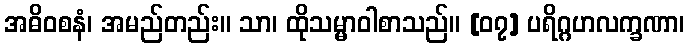
အဓိဝစနံ၊ အမည်တည်း။ သာ၊ ထိုသမ္မာဝါစာသည်။ [၀၇] ပရိဂ္ဂဟလက္ခဏာ၊